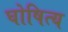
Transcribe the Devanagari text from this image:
घोषित्य